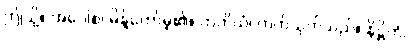
ဤသို့။ အဝေါစ၊ မိန့်တော်မူ၏။ တတိယံ၊ တတိသုတ်သည်။ နိဋ္ဌိတံ၊